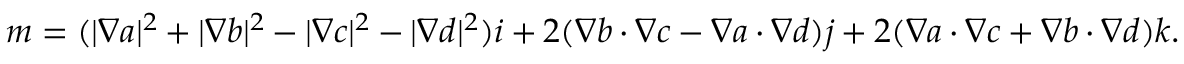
\boldsymbol { m } = ( | \boldsymbol { \nabla } a | ^ { 2 } + | \boldsymbol { \nabla } b | ^ { 2 } - | \boldsymbol { \nabla } c | ^ { 2 } - | \boldsymbol { \nabla } d | ^ { 2 } ) \boldsymbol { i } + 2 ( \boldsymbol { \nabla } b \cdot \boldsymbol { \nabla } c - \boldsymbol { \nabla } a \cdot \boldsymbol { \nabla } d ) \boldsymbol { j } + 2 ( \boldsymbol { \nabla } a \cdot \boldsymbol { \nabla } c + \boldsymbol { \nabla } b \cdot \boldsymbol { \nabla } d ) \boldsymbol { k } .